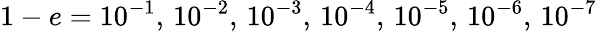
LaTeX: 1-e=10^{-1},\, 10^{-2},\, 10^{-3},\, 10^{-4},\, 10^{-5},\, 10^{-6},\, 10^{-7}